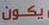
يكون